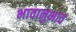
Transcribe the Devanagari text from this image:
भावानुभाव